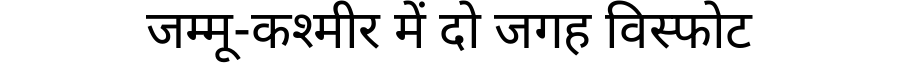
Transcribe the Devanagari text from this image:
जम्मू-कश्मीर में दो जगह विस्फोट